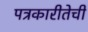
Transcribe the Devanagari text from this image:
पत्रकारीतेची